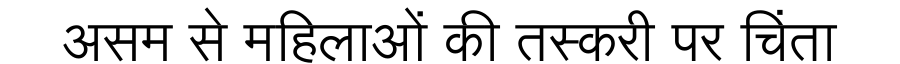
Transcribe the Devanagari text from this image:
असम से महिलाओं की तस्करी पर चिंता